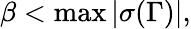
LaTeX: \beta<\operatorname*{max}|\sigma(\Gamma)|,